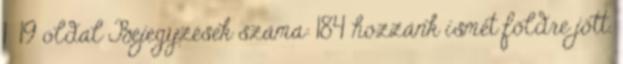
1 19 oldal Bejegyzések száma: 184 hozzánk ismét földre jött.